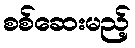
စစ်ဆေးမည့်